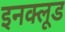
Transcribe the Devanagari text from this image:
इनक्लूड